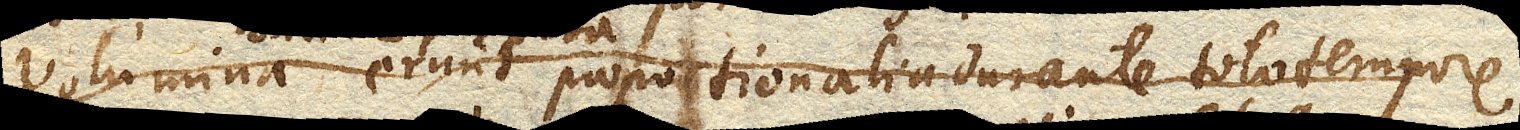
Volumina erunt proportionalia durante toto tempore